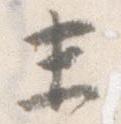
末